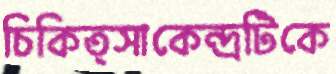
চিকিত্সাকেন্দ্রটিকে